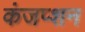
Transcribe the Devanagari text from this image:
कंजप्शन